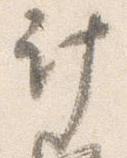
計